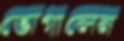
ভোগালেন